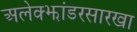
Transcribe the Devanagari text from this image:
अलेक्झांडरसारखा